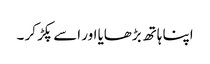
اپنا ہاتھ بڑھایا اور اسے پکڑ کر ۔